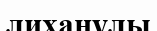
лиханұлы